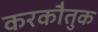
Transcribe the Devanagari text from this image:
करकौतुक